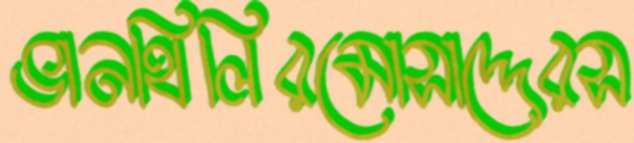
ভানথিলিরমোসাদ্দেরস